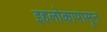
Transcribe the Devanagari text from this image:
इहलोकापासून